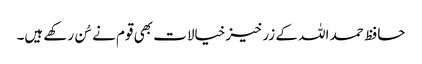
حافظ حمد اللہ کے زرخیز خیالات بھی قوم نے سُن رکھے ہیں۔